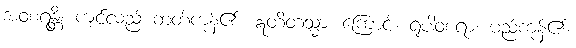
အဝစရန္တိ၊ ကျင်လည် တတ်ကုန်၏။ ဣတိတသ္မာ၊ ကြောင့်။ ရူပါဝစရာ၊ မည်ကုန်၏။